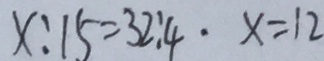
x : 1 5 = 3 2 : 4 \cdot x = 1 2